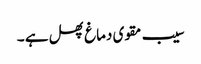
سیب مقوی دماغ پھل ہے ۔